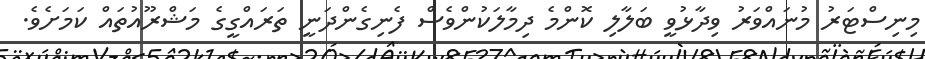
މިނިސްޓަރު މުނައްވަރު ވިދާޅުވީ ބަލާލި ކޮންމެ ދިމާލަކުންވެސް ފެނިގެންދަނީ ތަރައްގީގެ މަޝްރޫއުތައް ކަމަށެވެ.